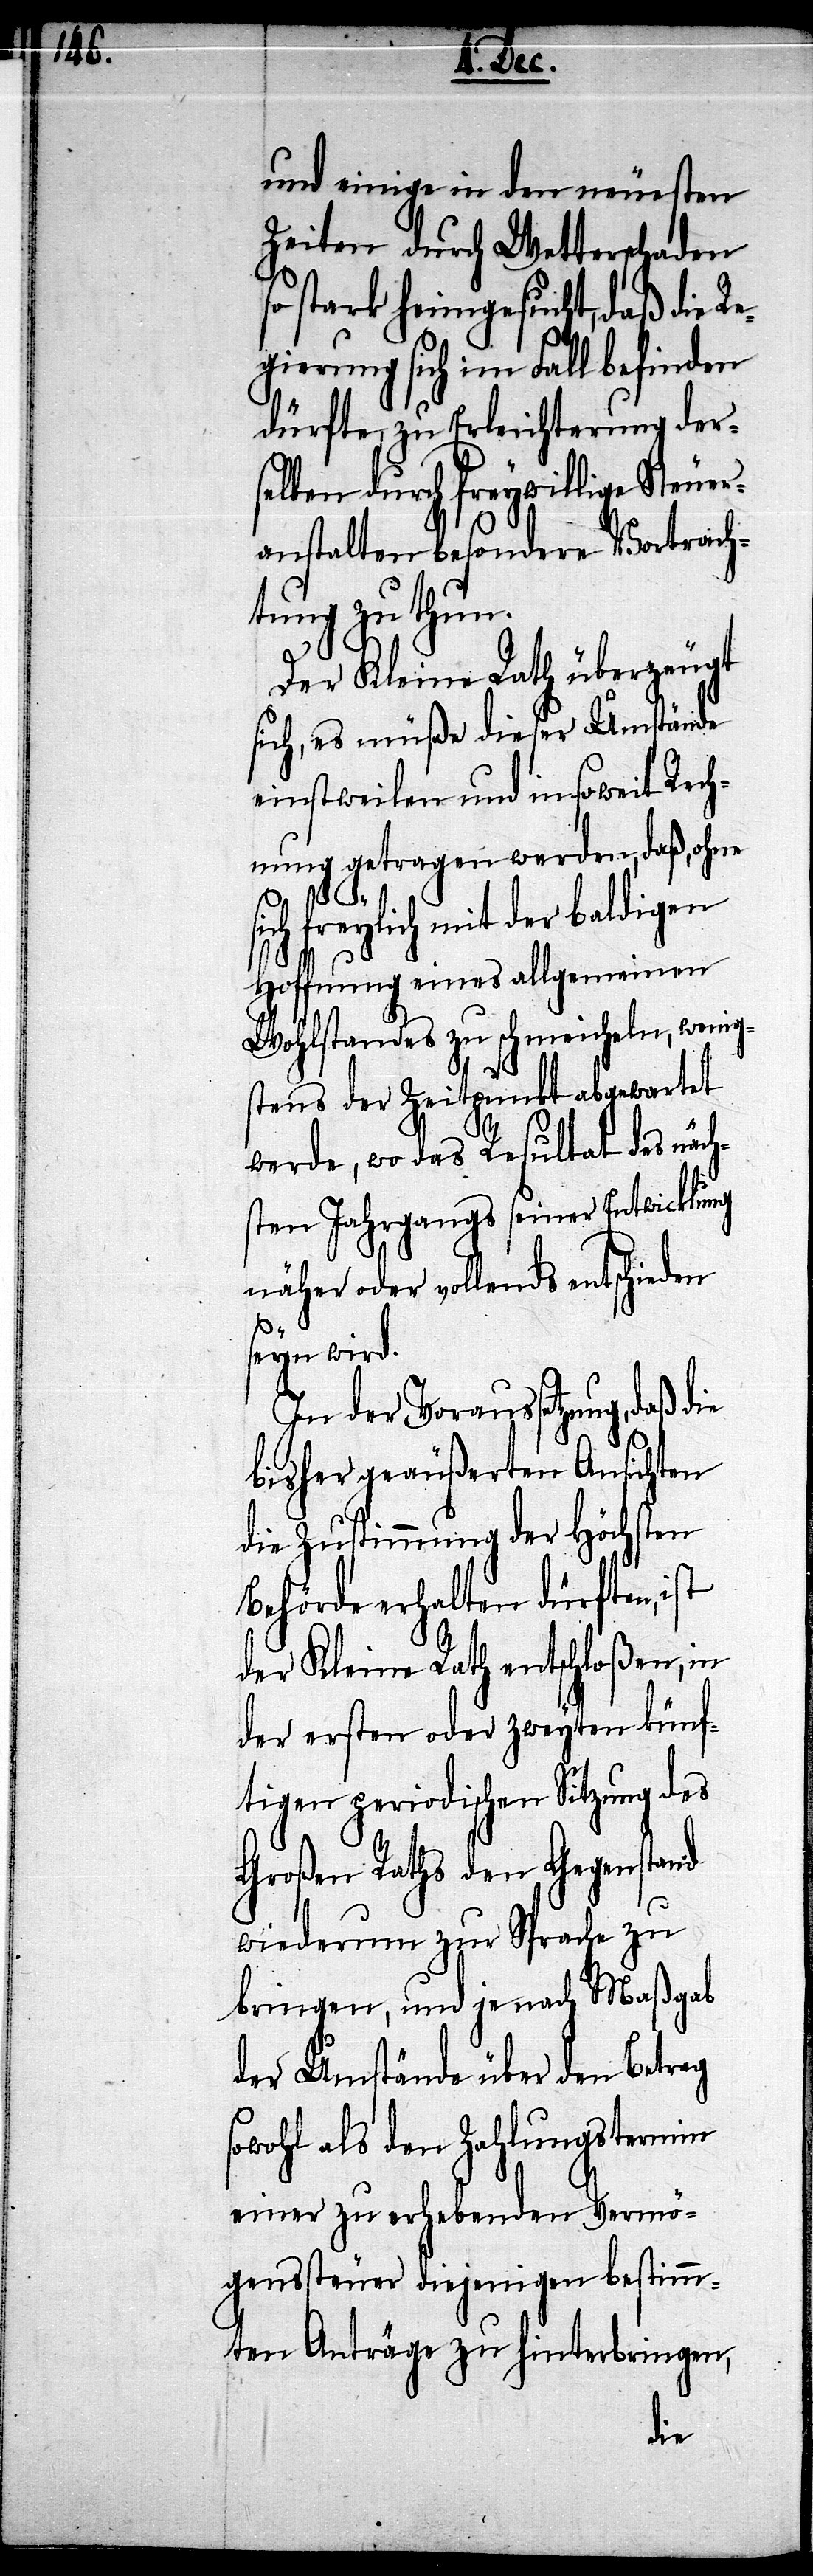
und einige in den neuesten
Zeiten durch Wetterschaden
stark heimgesucht, daß die R¬
egierung sich im Fall befinden
dürfte, zu Erleichterung der¬
selben durch freywillige Steuer¬
anstalten besondere Vortrach¬
tung zu thun.
Der Kleine Rath überzeugt
sich, es müße dieser Umstände
einstweilen und insoweit Rech¬
nung getragen werden, daß, ohne
freylich mit der baldigen
Hoffnung eines allgemeinen
Wohlstandes zu schmeicheln, wenig¬
stens der Zeitpunkt abgewartet
werde, wo das Resultat des näch¬
sten Jahrgangs seiner Entwicklung
näher oder vollends entschieden
seyn wird.
In der Voraussetzung, daß die
bisher geäußerten Ansichten
die Zustimmung der Höchsten
Behörde erhalten dürften, ist
der Kleine Rath entschloßen, in
der ersten oder zweyten künf¬
tigen periodischen Sitzung des
Großen Raths den Gegenstand
wiederum zur Sprache zu
bringen, und je nach Maßgab
der Umstände über den Betrag
sowohl als den Zahlungstermin
einer zu erhebenden Vermö¬
genssteuer diejenigen bestimm¬
en Anträge zu hinterbringen,